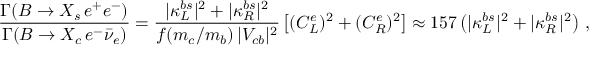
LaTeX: \frac { \Gamma ( B \to X _ { s } \, e ^ { + } e ^ { - } ) } { \Gamma ( B \to X _ { c } \, e ^ { - } \bar { \nu } _ { e } ) } = \frac { | \kappa _ { L } ^ { b s } | ^ { 2 } + | \kappa _ { R } ^ { b s } | ^ { 2 } } { f ( m _ { c } / m _ { b } ) \, | V _ { c b } | ^ { 2 } } \left[ ( C _ { L } ^ { e } ) ^ { 2 } + ( C _ { R } ^ { e } ) ^ { 2 } \right] \approx 1 5 7 \left( | \kappa _ { L } ^ { b s } | ^ { 2 } + | \kappa _ { R } ^ { b s } | ^ { 2 } \right) \, ,